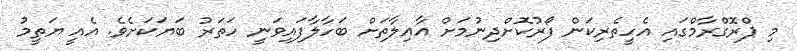
މި ޕްރޮގްރާމްގައި އެހީތެރިކަން ފޯރުކޮށްދިނުމަށް އާއިލާތަށް ބަހާލާފައިވަނީ ހަތަރު ބަޔަކަށެވެ. އެއީ ޔަތީމު